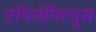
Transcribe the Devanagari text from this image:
एपिलेप्तिचुस